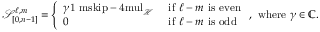
\mathcal { S } _ { [ 0 , n - 1 ] } ^ { \ell , m } = \left\{ \begin{array} { l l } { \gamma { \mathchoice { \mathrm { 1 \ m s k i p - 4 m u l } } { \mathrm { 1 \ m s k i p - 4 m u l } } { \mathrm { 1 \ m s k i p - 4 . 5 m u l } } { \mathrm { 1 \ m s k i p - 5 m u l } } } _ { \mathcal { H } } } & { \mathrm { ~ i f ~ } \ell - m \mathrm { ~ i s ~ e v e n } } \\ { 0 } & { \mathrm { ~ i f ~ } \ell - m \mathrm { ~ i s ~ o d d } } \end{array} \right. , \mathrm { ~ w h e r e ~ } \gamma \in { \mathord { \mathbb C } } .